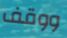
ووقف